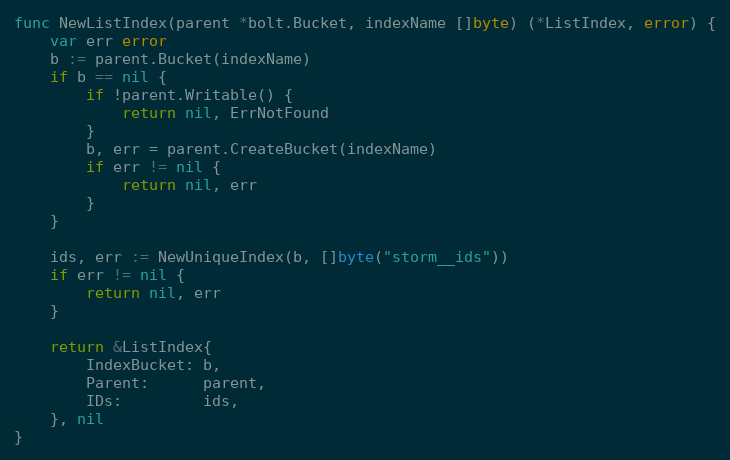
Language: Go
func NewListIndex(parent *bolt.Bucket, indexName []byte) (*ListIndex, error) {
	var err error
	b := parent.Bucket(indexName)
	if b == nil {
		if !parent.Writable() {
			return nil, ErrNotFound
		}
		b, err = parent.CreateBucket(indexName)
		if err != nil {
			return nil, err
		}
	}

	ids, err := NewUniqueIndex(b, []byte("storm__ids"))
	if err != nil {
		return nil, err
	}

	return &ListIndex{
		IndexBucket: b,
		Parent:      parent,
		IDs:         ids,
	}, nil
}